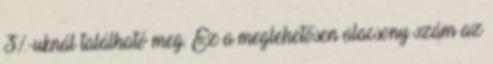
3%-uknál található meg. Ez a meglehetősen alacsony szám az